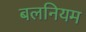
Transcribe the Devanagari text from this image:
बलनियम